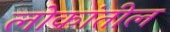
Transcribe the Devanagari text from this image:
लोकांतील